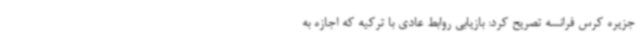
جزیره کرس فرانسه تصریح کرد: بازیابی روابط عادی با ترکیه که اجازه به